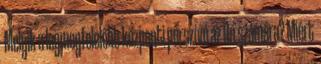
Melyik a legmegfelelőbb központi porszívó az Ön számára? Miért